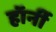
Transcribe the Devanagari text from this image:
हॉर्नी